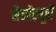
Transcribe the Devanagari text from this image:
नैनोंट्यूबों